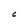
Character: C